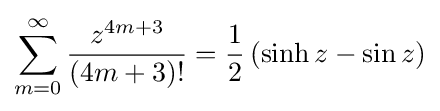
\sum _{m=0}^{\infty }{z^{4m+3} \over (4m+3)!}={\frac {1}{2}}\left(\sinh {z}-\sin {z}\right)